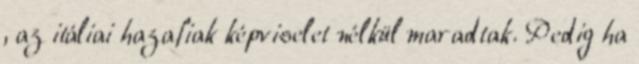
, az itáliai hazafiak képviselet nélkül maradtak. Pedig ha